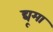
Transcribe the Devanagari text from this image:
द्यूमा